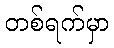
တစ်ရက်မှာ